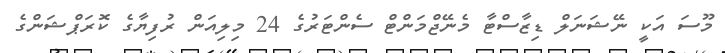
މޫސަ އަކީ ނޭޝަނަލް ޑިޒާސްޓާ މެނޭޖްމަންޓް ސެންޓަރުގެ 24 މިލިއަން ރުފިޔާގެ ކޮރަޕްޝަންގެ